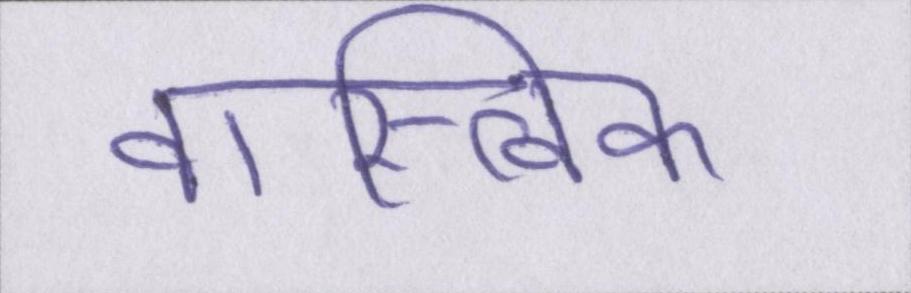
वास्त्विक